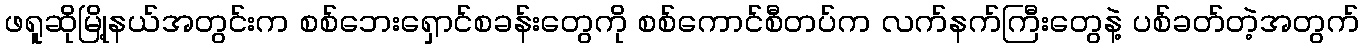
ဖရူဆိုမြို့နယ်အတွင်းက စစ်ဘေးရှောင်စခန်းတွေကို စစ်ကောင်စီတပ်က လက်နက်ကြီးတွေနဲ့ ပစ်ခတ်တဲ့အတွက်